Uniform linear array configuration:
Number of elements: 4
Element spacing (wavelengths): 0.5
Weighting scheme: cosine
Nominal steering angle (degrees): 15
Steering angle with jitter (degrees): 13.691
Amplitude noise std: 0.05
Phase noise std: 0.05

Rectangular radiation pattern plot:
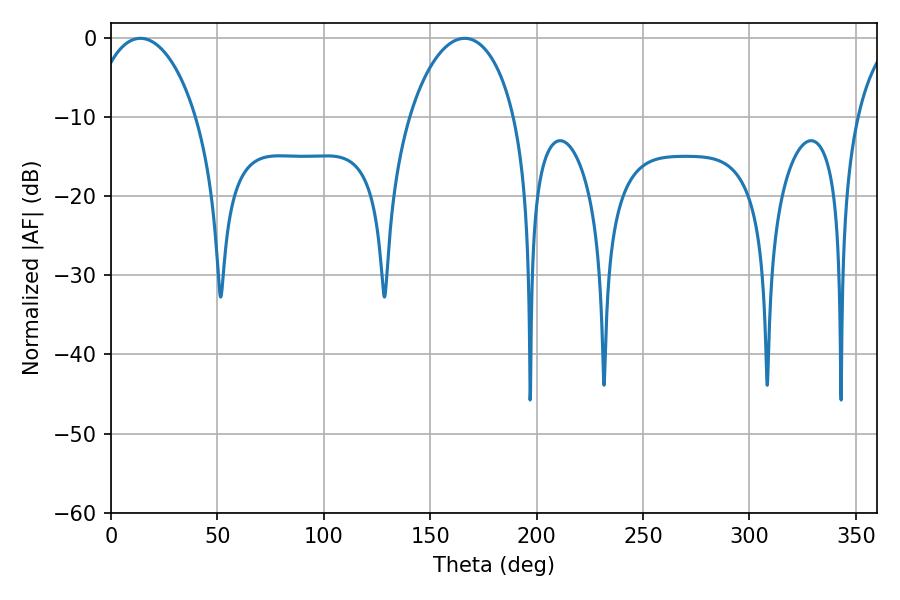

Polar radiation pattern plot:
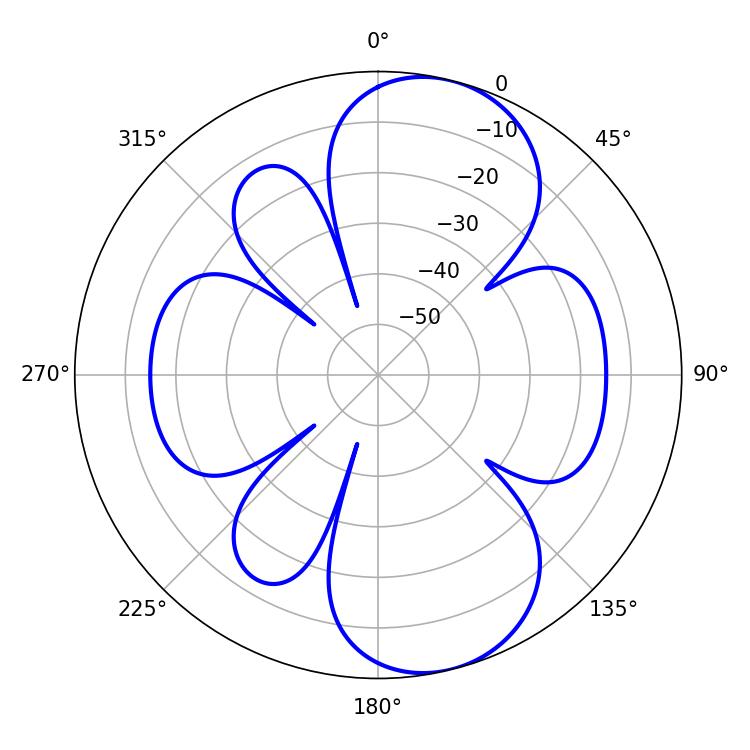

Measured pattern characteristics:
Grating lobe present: FALSE
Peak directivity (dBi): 9.135
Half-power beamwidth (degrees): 28.26
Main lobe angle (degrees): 13.86